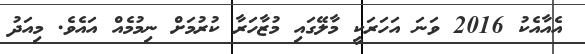
އެއާއެކު 2016 ވަނަ އަހަރަކީ މާލޭގައި މުޒާހަރާ ކުރުމަށް ނިމުމެއް އައެވެ. މިއަދު